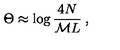
\Theta \approx \log \frac { 4 N } { { \cal M } L } \: ,